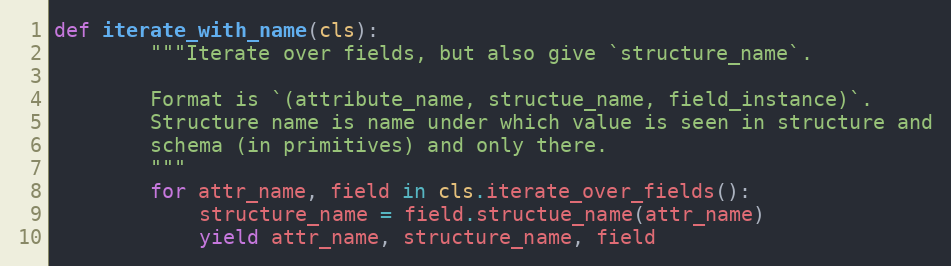
Language: Python
def iterate_with_name(cls):
        """Iterate over fields, but also give `structure_name`.

        Format is `(attribute_name, structue_name, field_instance)`.
        Structure name is name under which value is seen in structure and
        schema (in primitives) and only there.
        """
        for attr_name, field in cls.iterate_over_fields():
            structure_name = field.structue_name(attr_name)
            yield attr_name, structure_name, field